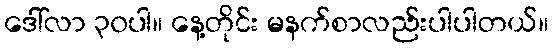
ဒေါ်လာ ၃၀ပါ။ နေ့တိုင်း မနက်စာလည်းပါပါတယ်။